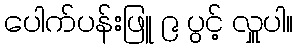
ပေါက်ပန်းဖြူ ၉ ပွင့် လှူပါ။